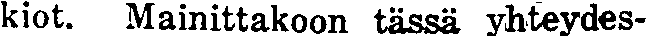
kiot. Mainittakoon tässä yhteydes-